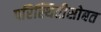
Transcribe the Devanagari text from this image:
परिस्थितीसोबत